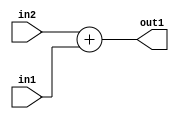
`timescale 1ps / 1ps
/*****************************************************************************
    Verilog RTL Description
    
    
    Created by: Stratus DpOpt 21.05.01 
*******************************************************************************/

module SobelFilter_Add_5Ux4U_5U_1 (
	in2,
	in1,
	out1
	); /* architecture "behavioural" */ 
input [4:0] in2;
input [3:0] in1;
output [4:0] out1;
wire [4:0] asc001;

assign asc001 = 
	+(in2)
	+(in1);

assign out1 = asc001;
endmodule

/* CADENCE  ubD5Qws= : u9/ySxbfrwZIxEzHVQQV8Q== ** DO NOT EDIT THIS LINE ******/